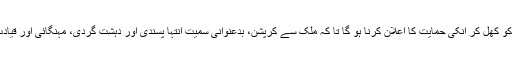
ملکی استحکام، عوامی خوشحالی اور اسلامی اقدار کے تحفظ کیلئے پیران کرام کو کھل کر انکی حمایت کا اعلان کرنا ہو گا تا کہ ملک سے کرپشن، بدعنوانی سمیت انتہا پسندی اور دہشت گردی، مہنگائی اور قیادت کا بحران رخصت ہو سکے اور ملک ایشیاء میں باوقار مقام حاصل کرسکے۔